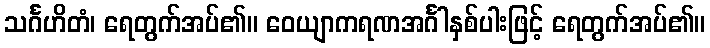
သင်္ဂဟိတံ၊ ရေတွက်အပ်၏။ ဝေယျာကရဏအင်္ဂါနှစ်ပါးဖြင့် ရေတွက်အပ်၏။